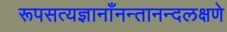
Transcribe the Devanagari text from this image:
रूपसत्यज्ञानाँनन्तानन्दलक्षणे